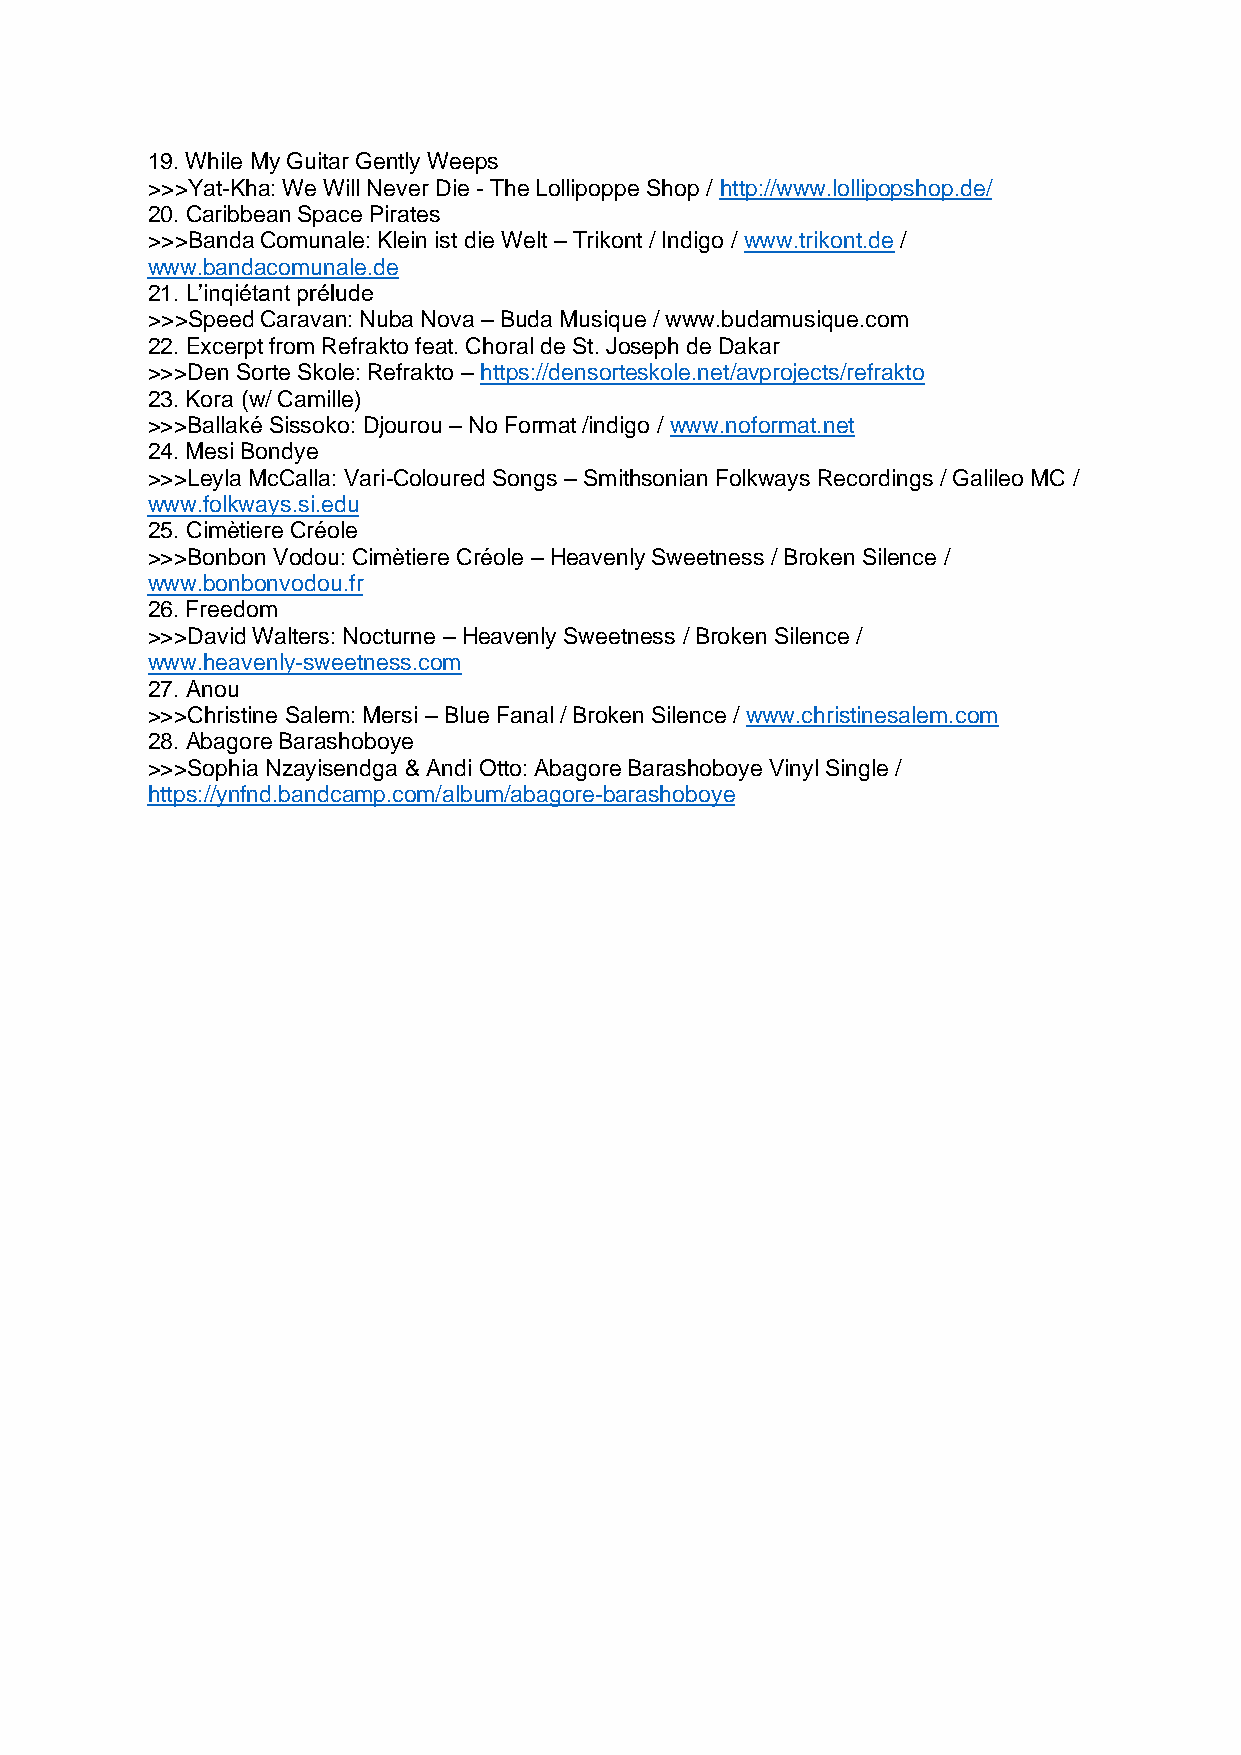
19. While My Guitar Gently Weeps
 >>>Yat-Kha: We Will Never Die - The Lollipoppe Shop / http://www.lollipopshop.de/
 20. Caribbean Space Pirates
 >>>Banda Comunale: Klein ist die Welt – Trikont / Indigo / www.trikont.de /
 www.bandacomunale.de
 21. L’inqiétant prélude
 >>>Speed Caravan: Nuba Nova – Buda Musique / www.budamusique.com
 22. Excerpt from Refrakto feat. Choral de St. Joseph de Dakar
 >>>Den Sorte Skole: Refrakto – https://densorteskole.net/avprojects/refrakto
 23. Kora (w/ Camille)
 >>>Ballaké Sissoko: Djourou – No Format /indigo / www.noformat.net
 24. Mesi Bondye
 >>>Leyla McCalla: Vari-Coloured Songs – Smithsonian Folkways Recordings / Galileo MC /
 www.folkways.si.edu
 25. Cimètiere Créole
 >>>Bonbon Vodou: Cimètiere Créole – Heavenly Sweetness / Broken Silence /
 www.bonbonvodou.fr
 26. Freedom
 >>>David Walters: Nocturne – Heavenly Sweetness / Broken Silence /
 www.heavenly-sweetness.com
 27. Anou
 >>>Christine Salem: Mersi – Blue Fanal / Broken Silence / www.christinesalem.com
 28. Abagore Barashoboye
 >>>Sophia Nzayisendga & Andi Otto: Abagore Barashoboye Vinyl Single /
 https://ynfnd.bandcamp.com/album/abagore-barashoboye